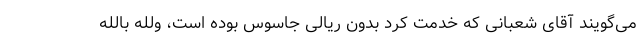
می‌گویند آقای شعبانی که خدمت کرد بدون ریالی جاسوس بوده است، ولله بالله